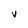
Character: V